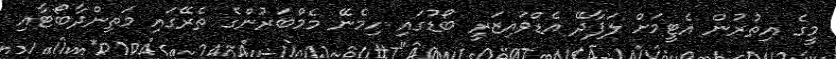
މީގެ އިތުރުން އެޓީމަށް ލަފާދޭ އެޑްވައިޒަރީ ބޯޑުގައި ހިމެނޭ މެމްބަރުންގެ ތެރޭގައި މަތިންދާބޯޓާއި